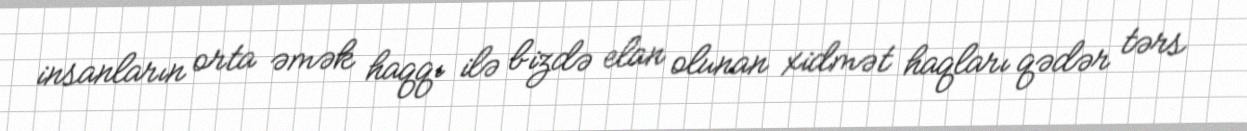
insanların orta əmək haqqı ilə bizdə elan olunan xidmət haqları qədər tərs